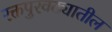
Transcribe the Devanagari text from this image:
रक्तपुरवठ्यातील